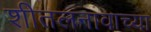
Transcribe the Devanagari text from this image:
शीतलनावाच्या